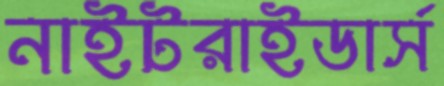
নাইটরাইডার্স